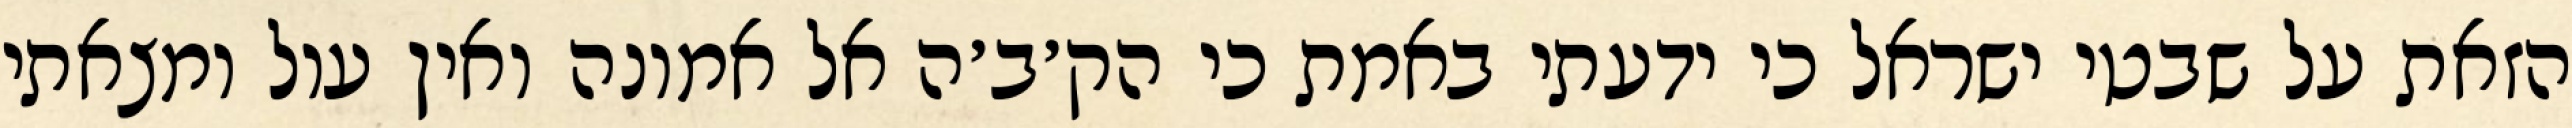
הזאת על שבטי ישראל כי ידעתי באמת כי הק׳ב׳ה אל אמונה ואין עול ומצאתי